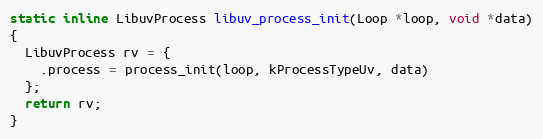
Language: C
static inline LibuvProcess libuv_process_init(Loop *loop, void *data)
{
  LibuvProcess rv = {
    .process = process_init(loop, kProcessTypeUv, data)
  };
  return rv;
}